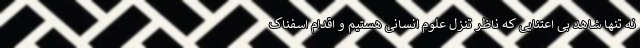
نه تنها شاهد بی اعتنایی که ناظر تنزل علوم انسانی هستیم و اقدام اسفناک